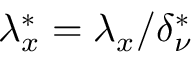
{ \lambda } _ { x } ^ { * } = { \lambda } _ { x } / \delta _ { \nu } ^ { * }